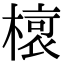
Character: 𣘨